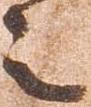
之